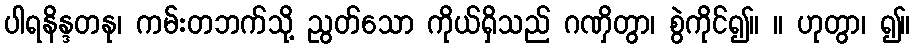
ပါရနိန္ဒတနု၊ ကမ်းတဘက်သို့ ညွတ်သော ကိုယ်ရှိသည် ဂဏှိတွာ၊ စွဲကိုင်၍။ ။ ဟုတွာ၊ ၍။